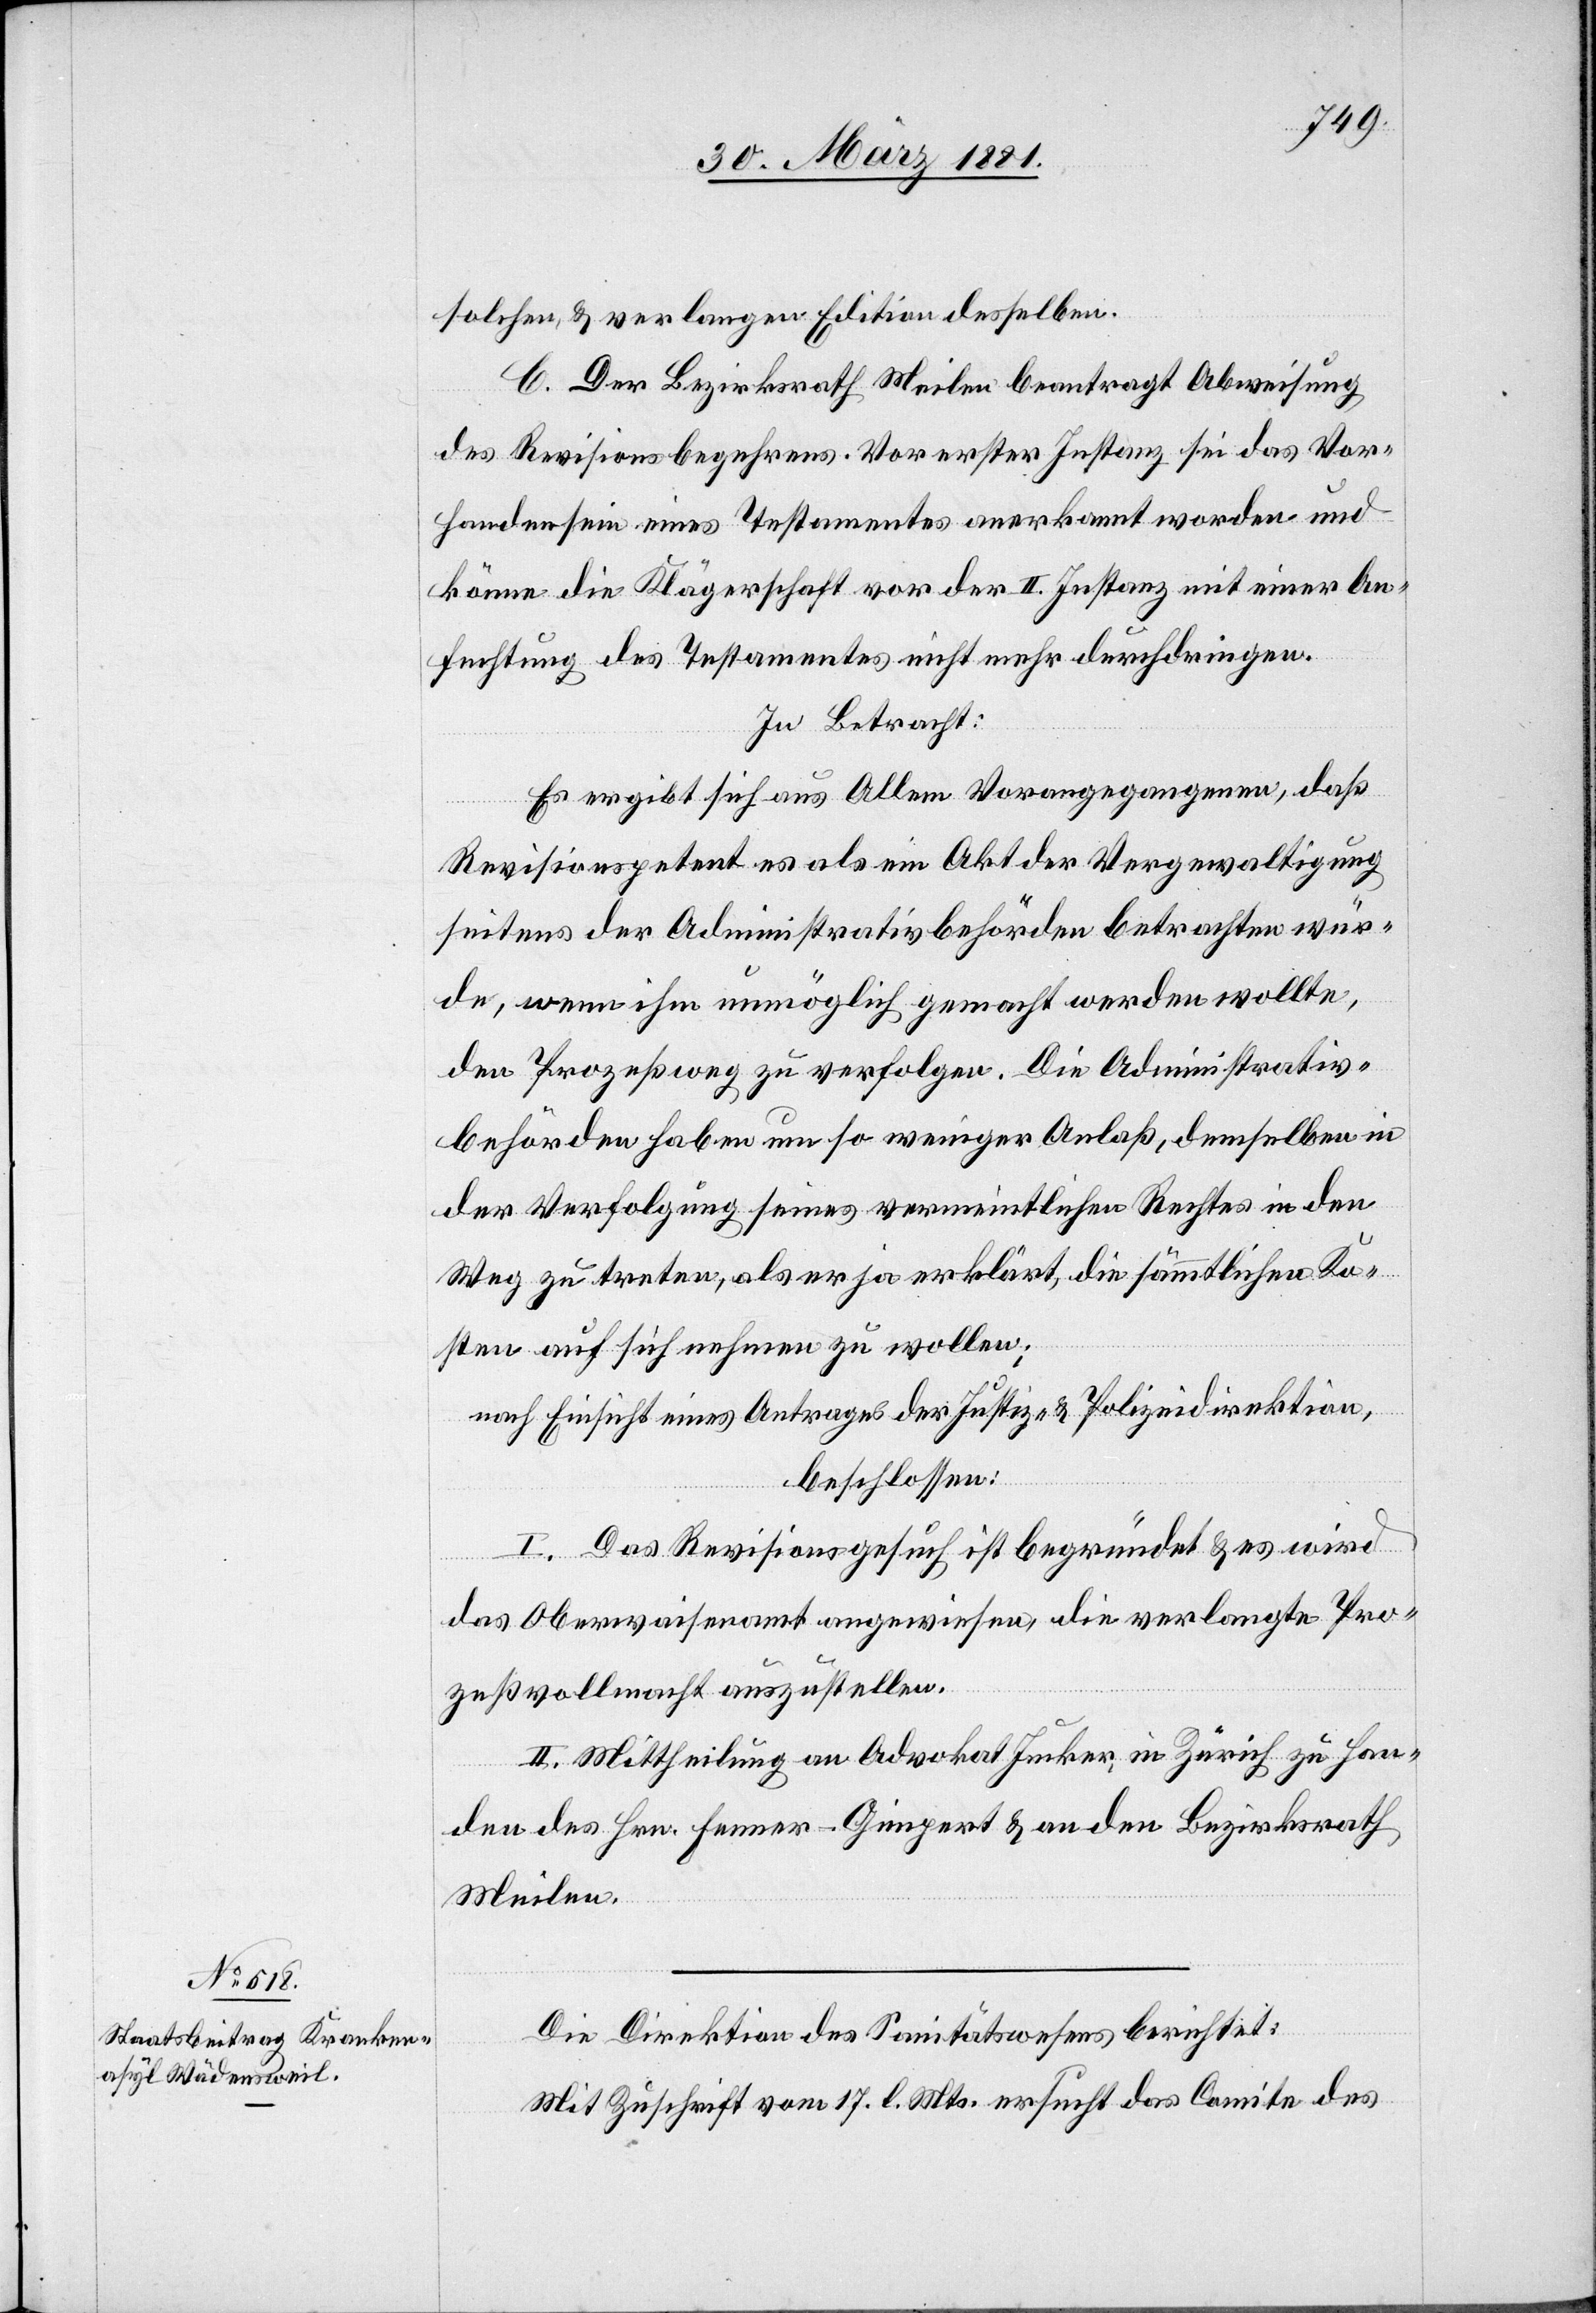
solchen, & verlangen Edition desselben.
C. Der Bezirksrath Meilen beantragt Abweisung
des Revisionsbegehrens. Vor erster Instanz sei das Vor¬
handensein eines Testamentes anerkannt worden und
könne die Klägerschaft vor der II. Instanz mit einer An¬
fechtung des Testamentes nicht mehr durchdringen.
In Betracht:
Es ergibt sich aus Allem Vorangegangenen, daß
Revisionspetent es als ein Akt der Vergewaltigung
seitens der Administrativbehörden betrachten wür¬
de, wenn ihm unmöglich gemacht werden wollte,
den Prozeßweg zu verfolgen. Die Administrativ¬
behörden haben um so weniger Anlaß, demselben in
der Verfolgung seines vermeintlichen Rechtes in den
Weg zu treten, als er ja erklärt, die sämmtlichen Ko¬
sten auf sich nehmen zu wollen;
nach Einsicht eines Antrages der Justiz- & Polizeidirektion,
beschlossen:
I. Das Revisionsgesuch ist begründet & es wird
das Oberwaisenamt angewiesen, die verlangte Pro¬
zeßvollmacht auszustellen.
II. Mittheilung an Advokat Jucker, in Zürich zu Han¬
den des Hrn. Fenner-Gimpert & an den Bezirksrath
Meilen.
Die Direktion des Sanitätswesens berichtet:
Mit Zuschrift vom 17. l. Mts. ersucht das Comite des